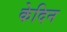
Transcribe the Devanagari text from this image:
केदिन